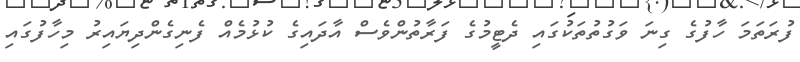
ފުރަތަމަ ހާފުގެ ގިނަ ވަގުތުތަކުގައި ދެޓީމުގެ ފަރާތުންވެސް އާދައިގެ ކުޅުމެއް ފެނިގެންދިޔައިރު މިހާފުގައި